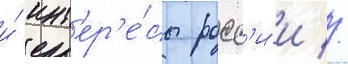
и́ инт'ер'е́сы росс'и́и //